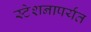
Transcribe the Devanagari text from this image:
स्टेशनापर्यंत